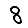
Digit: 8